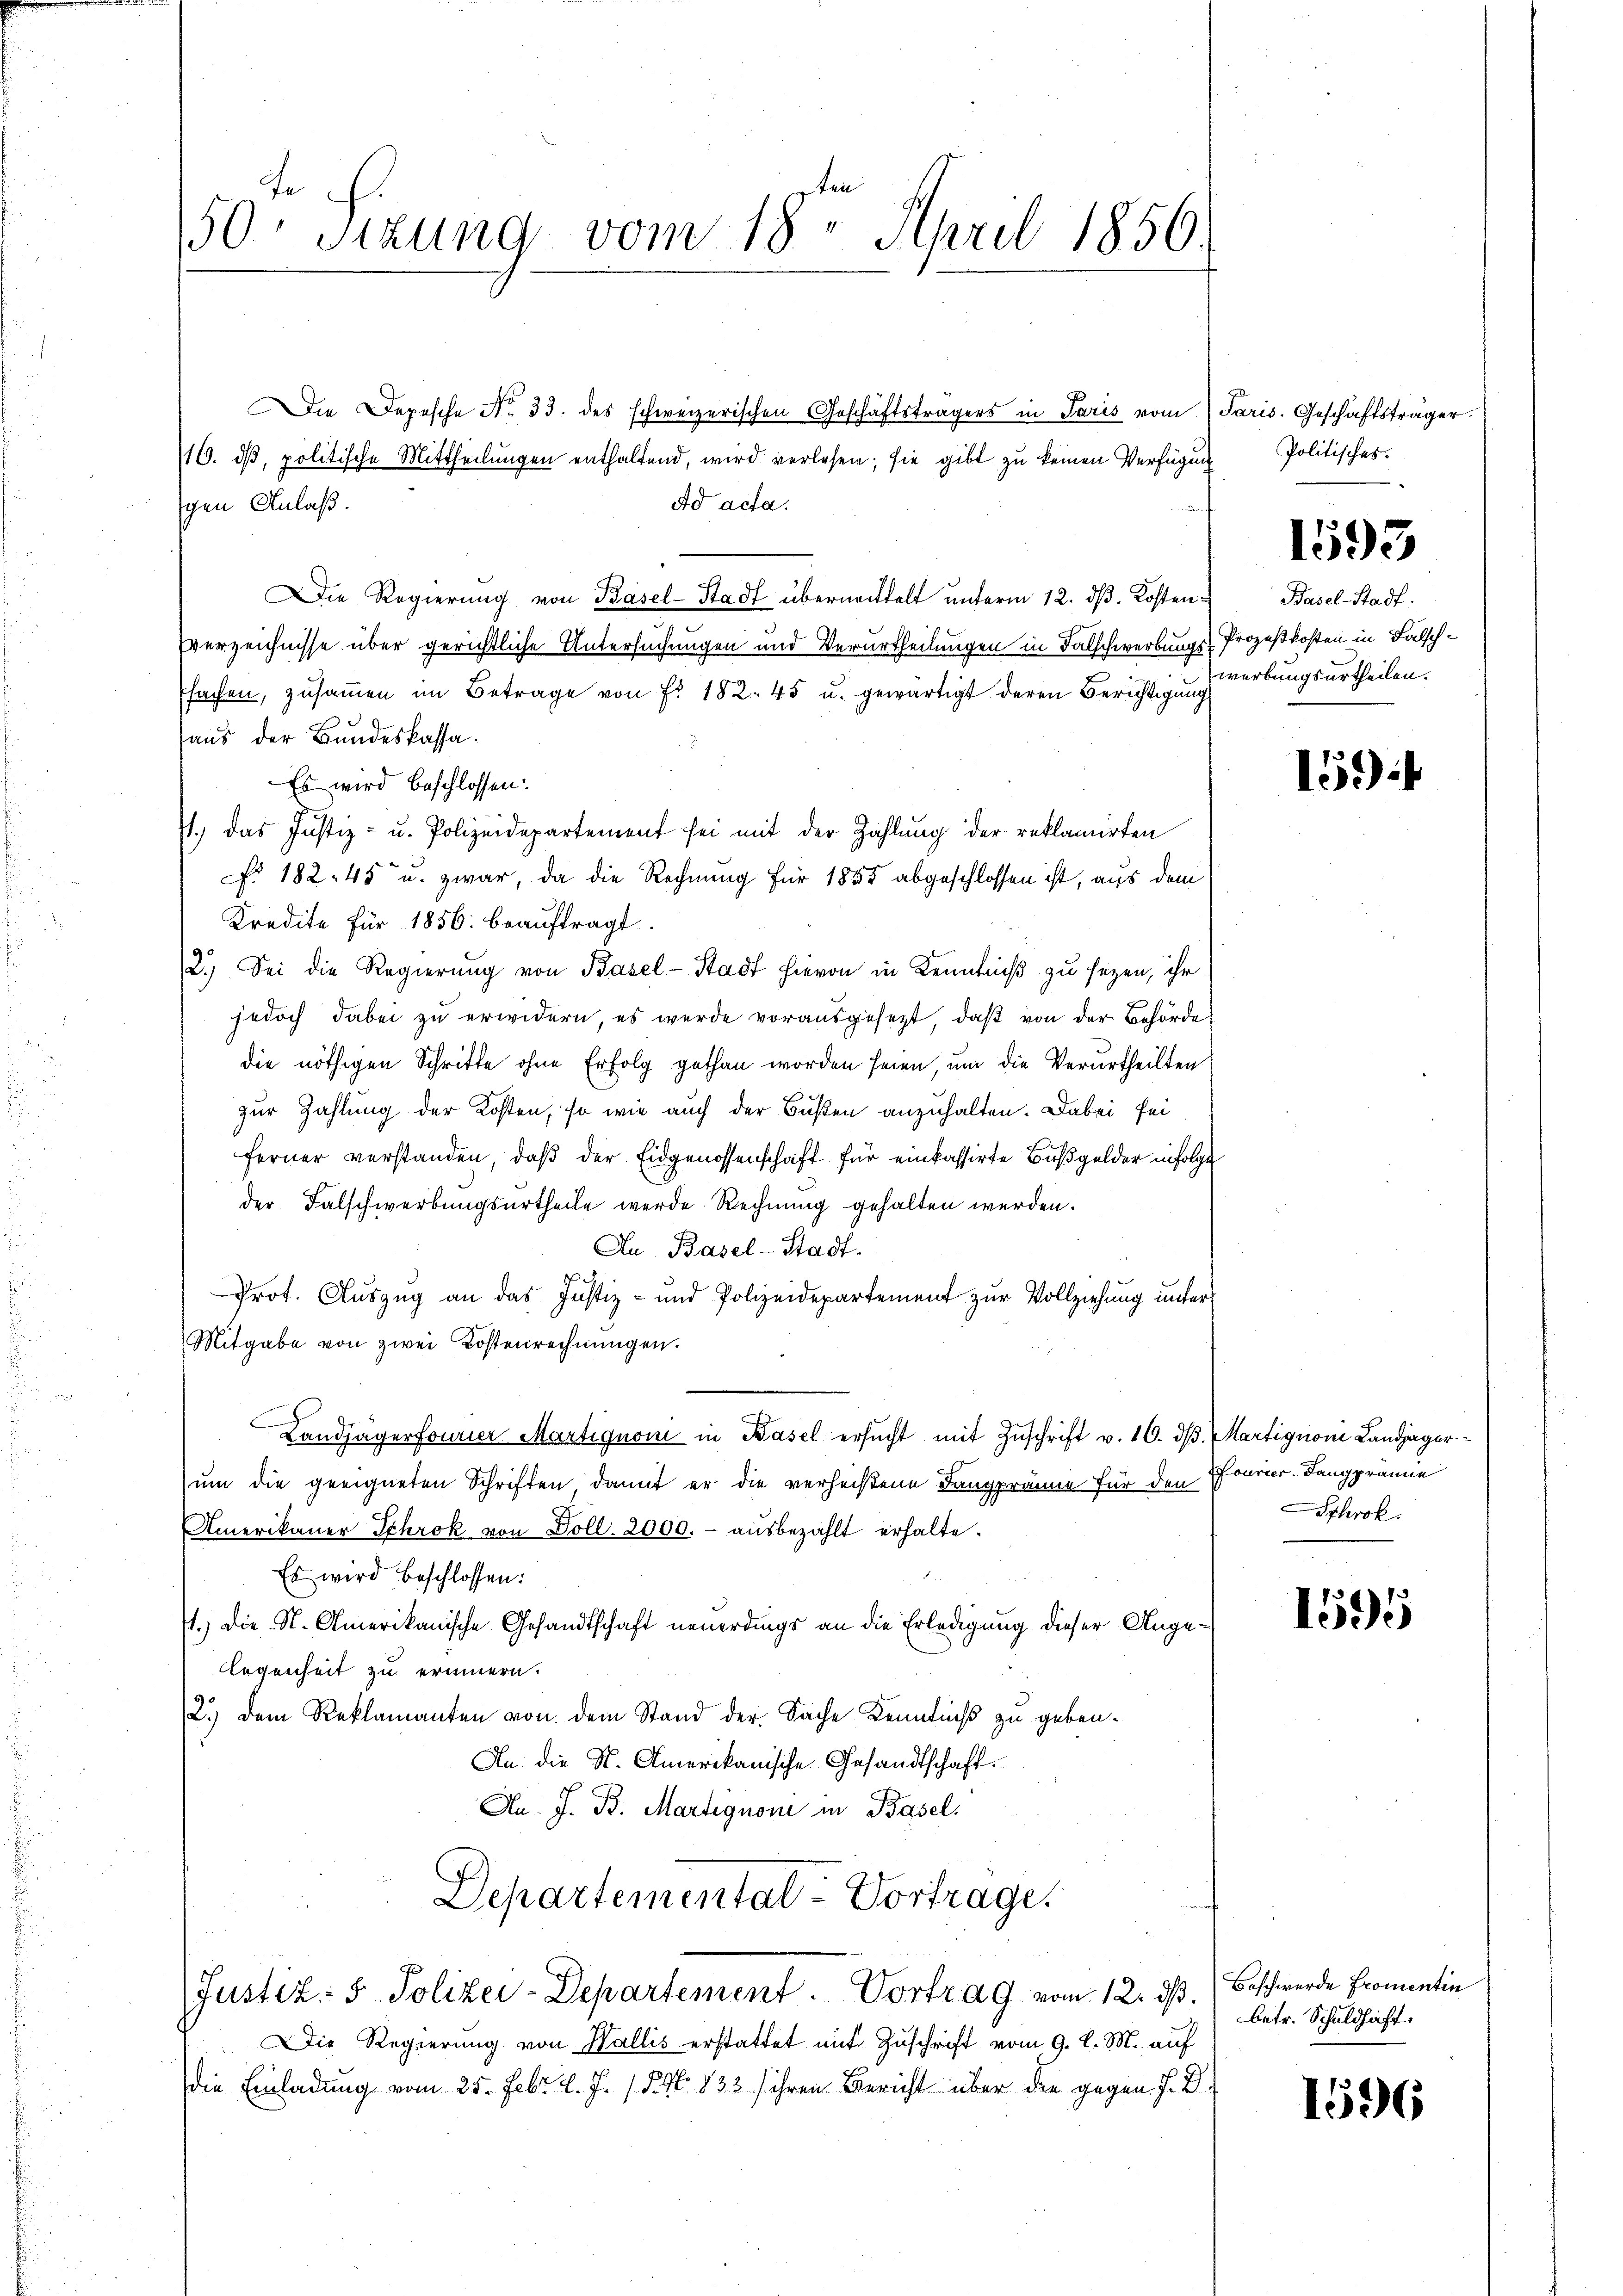
50 Sizung vom 18. April 1856.

Die Depesche No 33. des schweizerischen Geschäftsträgers in Paris vom Paris. Geschäftsträger
116. dβ, politische Mittheilungen enthaltend, wird verlesen; sie gibt zu keinen Verfügung
Ad acta.
gen Anlaß.
Die Regierŭng von Basel-Stadt überneittelt ŭnterm 12. dβ. Kosten Basel-Stadt.
verzeichnisse über gerichtliche Untersuchungen und Verurtheilungen in Falschwerbungs-Prozeßkosten in Falschffachen, zusammen im Betrage von Fr. 182. 45 u. gewärtigt deren Berichtigung
aus der Bundeskassa.
Es wird beschlossen:
71., das Justiz- u. Polizeidepartement sei mit der Zahlŭng der reklamirten
NNo. 182. 48 u. zwar, da die Rechnung für 1855 abgeschlossen ist, aus dem
Kredite für 1856. beauftragt.
2.) Sei die Regierŭng von Basel-Stadt hievon in Kenntniß zu sezen, ihr
jedoch dabei zu erwidern, es werde vorausgesezt, daß von der Behörde
die nöthigen Schritte ohne Erfolg gethan worden seien, um die Verurtheilten
zur Zahlung der Kosten, so wie auch der Bußen anzuhalten. Dabei sei
ferner verstanden, daß der Eidgenossenschaft für einkassirte Bußgelder infolge
der Falschwerbungsurtheile werde Rechnung gehalten werden.
An Basel-Stadt.
Prot. Auszug an das Justiz- und Polizeidepartement zur Vollziehung unter
Mitgabe von zwei Kostenrechnungen.
Landjäger fourier Martignon in Basel ersŭcht mit Zuschrift v. 16. dβ. Martignon Landjägerum die geeigneten Schriften, damit er die verheißene Tangpräne für den
Amerikaner Schrök von Doll. 2000.- aŭsbezahlt erhalte.
Es wird beschlossen:
1.) Die N. Amerikanische Gesandtschaft neuerdings an die Erledigung dieser Angelegenheit zu erinnern.
2.) Dem Reklamanten von dem Stand der Sache Kenntniß zu geben.
An: die St. Amerikanische Gesandtschaft.
An J. B. Martignone in Basel.
Departemental-Vortrage.
Justiz- & Polizei-Departement. Vortrag vom 12. ds.
Die Regierŭng von Wallis erstattet mit Zŭschrift vom 9. d. M. auf
die Einladung vom 25. Febr. l. J. 15. No. 833) ihren Bericht über die gegen f. D

Politisches.

1595

werbungsurtheilen.

159:

Fourier-Lang prämie
Schrok.

1595

Beschwerde Fromentin
betr. Schuldhaft.

1596